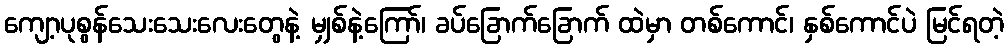
ကျော့ပုစွန်သေးသေးလေးတွေနဲ့ မျှစ်နဲ့ကြော်၊ ခပ်ခြောက်ခြောက် ထဲမှာ တစ်ကောင်၊ နှစ်ကောင်ပဲ မြင်ရတဲ့